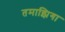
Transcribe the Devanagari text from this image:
तमाझिगा